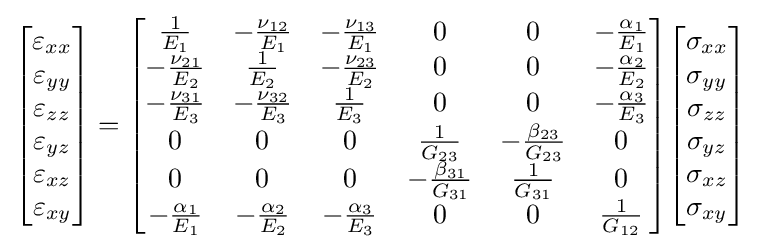
{\begin{bmatrix}\varepsilon _{xx}\\\varepsilon _{yy}\\\varepsilon _{zz}\\\varepsilon _{yz}\\\varepsilon _{xz}\\\varepsilon _{xy}\end{bmatrix}}={\begin{bmatrix}{\tfrac {1}{E_{1}}}&-{\tfrac {\nu _{12}}{E_{1}}}&-{\tfrac {\nu _{13}}{E_{1}}}&0&0&-{\tfrac {\alpha _{1}}{E_{1}}}\\-{\tfrac {\nu _{21}}{E_{2}}}&{\tfrac {1}{E_{2}}}&-{\tfrac {\nu _{23}}{E_{2}}}&0&0&-{\tfrac {\alpha _{2}}{E_{2}}}\\-{\tfrac {\nu _{31}}{E_{3}}}&-{\tfrac {\nu _{32}}{E_{3}}}&{\tfrac {1}{E_{3}}}&0&0&-{\tfrac {\alpha _{3}}{E_{3}}}\\0&0&0&{\tfrac {1}{G_{23}}}&-{\tfrac {\beta _{23}}{G_{23}}}&0\\0&0&0&-{\tfrac {\beta _{31}}{G_{31}}}&{\tfrac {1}{G_{31}}}&0\\-{\tfrac {\alpha _{1}}{E_{1}}}&-{\tfrac {\alpha _{2}}{E_{2}}}&-{\tfrac {\alpha _{3}}{E_{3}}}&0&0&{\tfrac {1}{G_{12}}}\\\end{bmatrix}}{\begin{bmatrix}\sigma _{xx}\\\sigma _{yy}\\\sigma _{zz}\\\sigma _{yz}\\\sigma _{xz}\\\sigma _{xy}\end{bmatrix}}